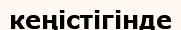
кеңістігінде